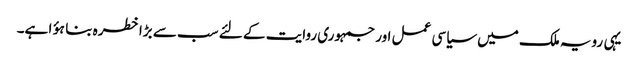
یہی رویہ ملک میں سیاسی عمل اور جمہوری روایت کے لئے سب سے بڑا خطرہ بنا ہؤا ہے۔